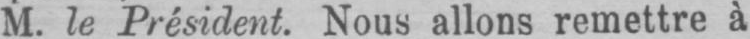
M. le Président. Nous allons remettre à